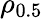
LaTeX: \rho_{0.5}